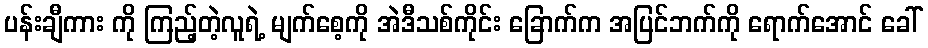
ပန်းချီကား ကို ကြည့်တဲ့လူရဲ့ မျက်စေ့ကို အဲဒီသစ်ကိုင်း ခြောက်က အပြင်ဘက်ကို ရောက်အောင် ခေါ်